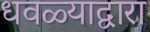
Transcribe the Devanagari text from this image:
धवळ्याद्वारा